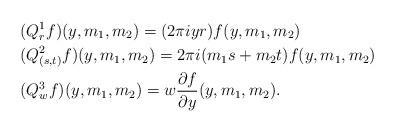
LaTeX: \begin{align*}&(Q^{1}_{r}f)(y,m_{1},m_{2})=(2\pi iyr)f(y,m_{1},m_{2})\\&(Q^{2}_{(s,t)}f)(y,m_{1},m_{2})=2\pi i(m_{1}s+m_{2}t)f(y,m_{1},m_{2})\\&(Q^{3}_{w}f)(y,m_{1},m_{2})=w\frac{\partial f}{\partial y}(y,m_{1},m_{2}).\\\end{align*}